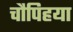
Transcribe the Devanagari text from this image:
चौपिहया